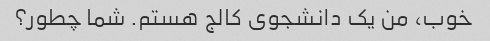
خوب، من یک دانشجوی کالج هستم. شما چطور؟